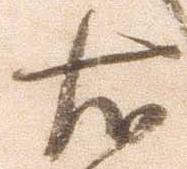
右